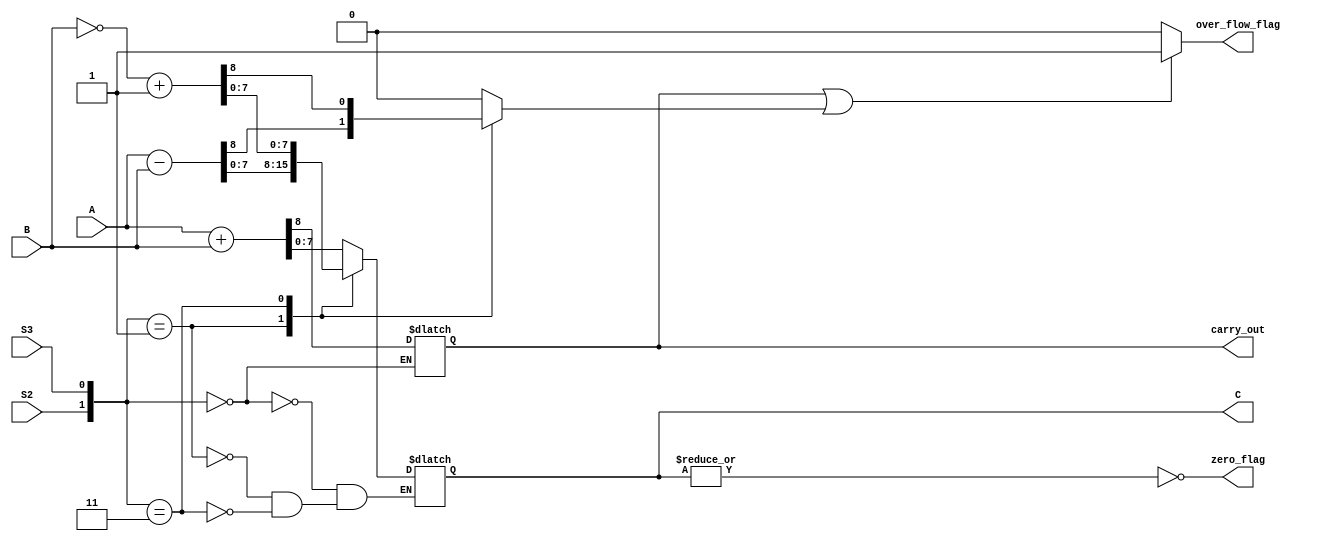
module ARITHMETIC_UNIT #(parameter WIDTH=8)(input [WIDTH-1:0] A,
input [WIDTH-1:0] B,
input S2,
input S3,
output reg [WIDTH-1:0] C,
output zero_flag,
output over_flow_flag,
output reg carry_out
);
reg bit_o;
always@(*)
 begin
	bit_o=1'b0;
	case({S2,S3})
    	2'b00:begin
		{carry_out,C}=A+B;
	      end
    	2'b01:begin
		 {bit_o,C}=A-B;
	      end
    	2'b11:begin
		 {bit_o,C}=~B+'d1;
	      end
	endcase
	

 end
assign zero_flag=~(|C);
assign over_flow_flag=(carry_out || bit_o) ? 1'b1:1'b0;










endmodule